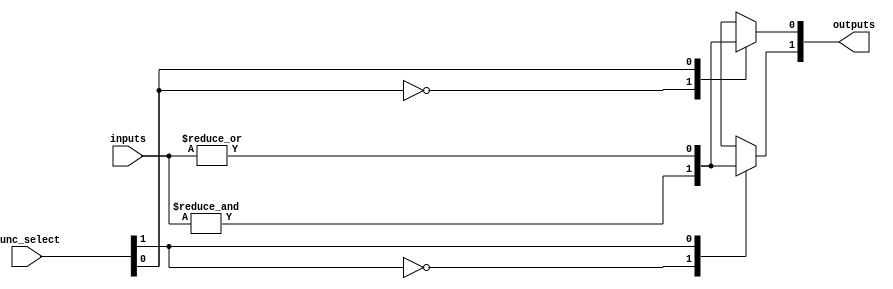
module combinational_logic_block #(
    parameter N = 4, // Number of input signals
    parameter M = 2  // Number of output signals
)(
    input  wire [N-1:0] inputs,       // Input signals
    input  wire [M-1:0] func_select,   // Function select for each output
    output reg  [M-1:0] outputs        // Output signals
);

    // Function select encoding
    localparam AND_FUNC   = 2'b00;
    localparam OR_FUNC    = 2'b01;
    localparam NOT_FUNC   = 2'b10;
    localparam NAND_FUNC  = 2'b11;

    integer i;

    always @(*) begin
        for (i = 0; i < M; i = i + 1) begin
            case (func_select[i])
                AND_FUNC: outputs[i] = &inputs; // AND operation
                OR_FUNC:  outputs[i] = |inputs; // OR operation
                NOT_FUNC: outputs[i] = ~inputs[0]; // NOT operation (only first input)
                NAND_FUNC: outputs[i] = ~(&inputs); // NAND operation
                default: outputs[i] = 1'b0; // Default case
            endcase
        end
    end

endmodule